Leaving Certificate Examination (including Day School Certificate (Higher) General paper), 1932
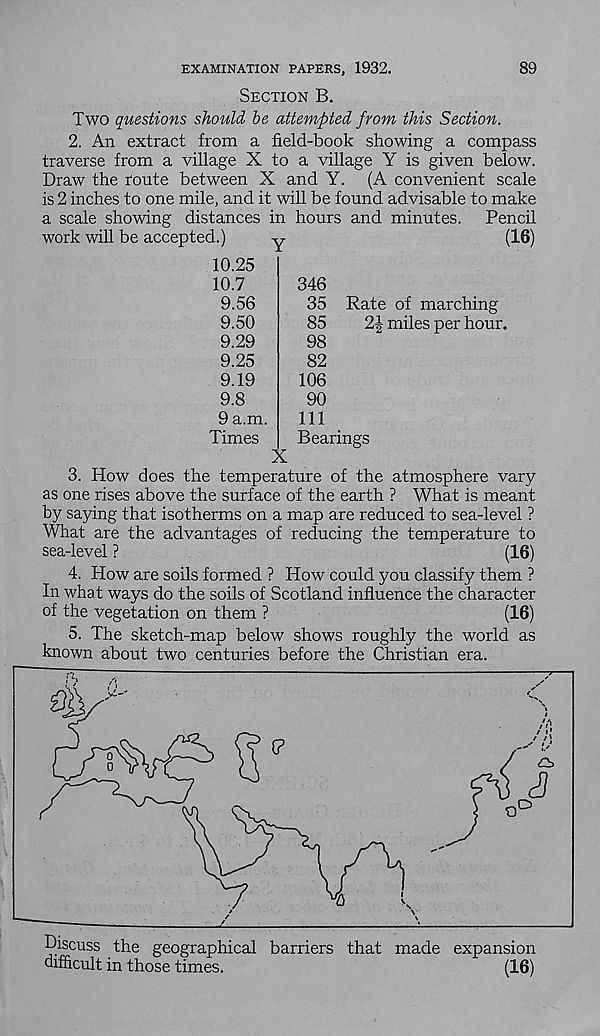
89
EXAMINATION PAPERS, 1932.
Section B.
Two questions should be attempted from this Section.
2. An extract from a field-book showing a compass
traverse from a village X to a village Y is given below.
Draw the route between X and Y. (A convenient scale
is 2 inches to one mile, and it will be found advisable to make
a scale showing distances in hours and minutes.
Pencil
work will be accepted.)
y
(16)
10.25
10.7
9.56
9.50
9.29
9.25
9.19
9.8
9 a.m
Times
346
35 Rate of marching
85
2 | miles per hour.
98
82
106
90
111
Bearings
3. How does the temperature of the atmosphere vary
as one rises above the surface of the earth ? What is meant
by saying that isotherms on a map are reduced to sea-level ?
What are the advantages of reducing the temperature to
sea-level ?
(16)
4. How are soils formed ? How could you classify them ?
In what ways do the soils of Scotland influence the character
of the vegetation on them ?
(16)
5. The sketch-map below shows roughly the world as
known about two centuries before the Christian era.